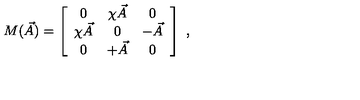
M ( \vec { A } ) = \left[ \begin{array} { c c c } { 0 } & { \chi \vec { A } } & { 0 } \\ { \chi \vec { A } } & { 0 } & { - \vec { A } } \\ { 0 } & { + \vec { A } } & { 0 } \\ \end{array} \right] \ ,